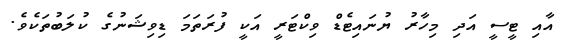
އާއި ޓީސީ އަދި މިހާރު ޔުނައިޓެޑް ވިކްޓަރީ އަކީ ފުރަތަމަ ޑިވިޝަނުގެ ކުލަބުތަކެވެ.